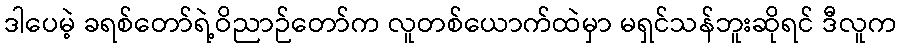
ဒါပေမဲ့ ခရစ်တော်ရဲ့ဝိညာဉ်တော်က လူတစ်ယောက်ထဲမှာ မရှင်သန်ဘူးဆိုရင် ဒီလူက